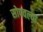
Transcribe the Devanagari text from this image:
सोपवल्या